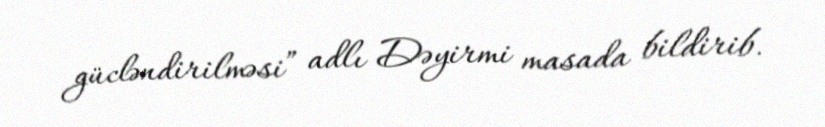
gücləndirilməsi” adlı Dəyirmi masada bildirib.